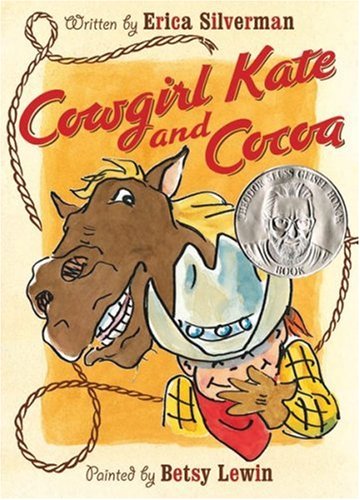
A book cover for Cowgirl Kate and Cocoa; Erica Silverman; Children's Books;